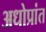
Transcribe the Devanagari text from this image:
अधोप्रांत